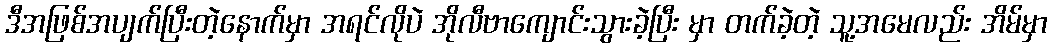
ဒီအဖြစ်အပျက်ပြီးတဲ့နောက်မှာ အရင်လိုပဲ အိုလီဗာကျောင်းသွားခဲ့ပြီး မှာ တက်ခဲ့တဲ့ သူ့အမေလည်း အိမ်မှာ